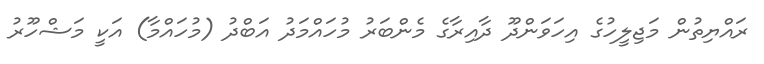
ރައްޔިތުން މަޖިލީހުގެ އިހަވަންދޫ ދާއިރާގެ މެންބަރު މުހައްމަދު އަބްދު (މުހައްމާ) އަކީ މަޝްހޫރު